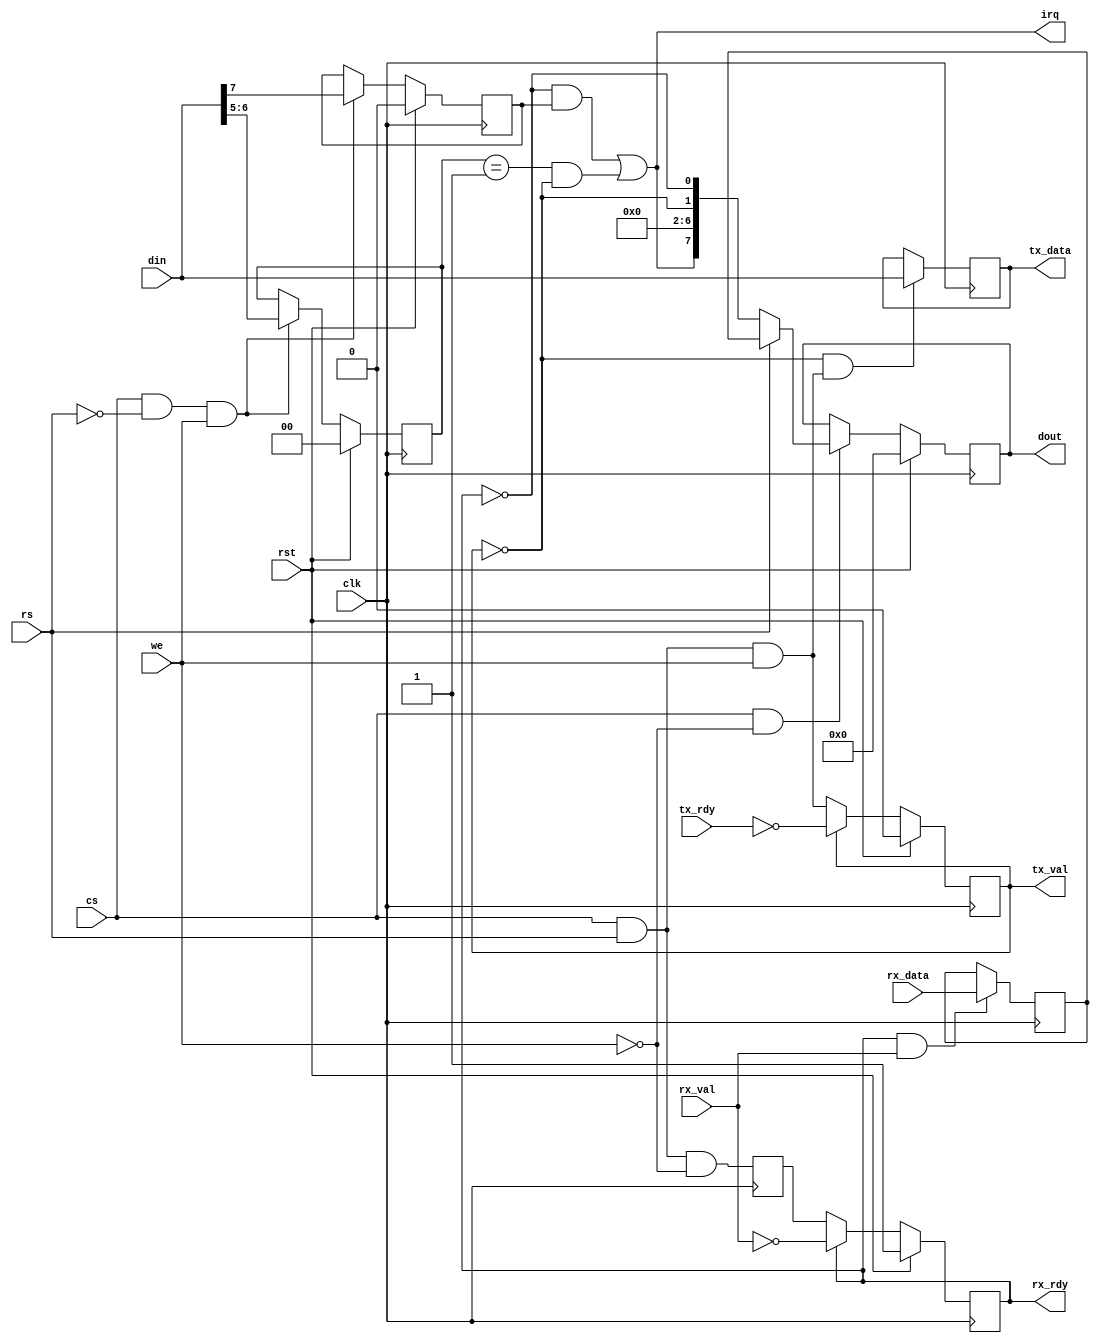
// usb_acia.v - ACIA mimic of interface to MUACM
// 12-07-22 E. Brombaugh

`default_nettype none

module usb_acia(
	input clk,				// system clock
	input rst,				// system reset
	input cs,				// chip select
	input we,				// write enable
	input rs,				// register select
	input [7:0] din,		// data bus input
	output reg [7:0] dout,	// data bus output
	input wire [7:0] rx_data,	// data received from USB
	output reg rx_rdy,			// ready for rx data (data accepted)
	input wire rx_val,			// data valid (data available)
	output reg [7:0] tx_data,	// data sent to USB
	input wire tx_rdy,			// ready for tx data
	output reg tx_val,			// tx data available
	output irq				// high-true interrupt request
);	
	// generate tx_start signal on write to register 1
	wire tx_start = cs & rs & we;
	
	// load control register
	reg [1:0] counter_divide_select, tx_start_control;
	reg [2:0] word_select; // dummy
	reg receive_interrupt_enable;
	always @(posedge clk)
	begin
		if(rst)
		begin
			counter_divide_select <= 2'b00;
			word_select <= 3'b000;
			tx_start_control <= 2'b00;
			receive_interrupt_enable <= 1'b0;
		end
		else if(cs & ~rs & we)
			{
				receive_interrupt_enable,
				tx_start_control,
				word_select,
				counter_divide_select
			} <= din;
	end
	
	// acia reset generation
	wire acia_rst = rst | (counter_divide_select == 2'b11);
	
	// load dout with either status or rx data
	wire [7:0] status;
	reg [7:0] rx_hold;
	always @(posedge clk)
	begin
		if(rst)
		begin
			dout <= 8'h00;
		end
		else
		begin
			if(cs & ~we)
			begin
				if(rs)
					dout <= rx_hold;
				else
					dout <= status;
			end
		end
	end
	
	// TX handling
	wire tx_load = cs & rs & we;
	always @(posedge clk)
		if(rst)
			tx_val <= 1'b0;
		else
		begin
			if(!tx_val)
				tx_val <= tx_load;
			else
				tx_val <= !tx_rdy;
		end
	
	// grab tx data
	always @(posedge clk)
		if(!tx_val & tx_load)
			tx_data <= din;
	
	// RX handling
	reg rx_clear;
	always @(posedge clk)
		rx_clear = cs & rs & ~we;
	
	always @(posedge clk)
		if(rst)
			rx_rdy <= 1'b1;
		else
		begin
			if(rx_rdy)
				rx_rdy <= !rx_val;
			else
				rx_rdy <= rx_clear;
		end
	
	// grab rx data
	always @(posedge clk)
		if(rx_rdy & rx_val)
			rx_hold <= rx_data;
	
	// assemble status byte
	wire rx_err;
	assign status = 
	{
		irq,				// bit 7 = irq - forced inactive
		1'b0,				// bit 6 = parity error - unused
		1'b0,			    // bit 5 = overrun error - same as all errors
		1'b0,			    // bit 4 = framing error - same as all errors
		1'b0,				// bit 3 = /CTS - forced active
		1'b0,				// bit 2 = /DCD - forced active
		!tx_val,			// bit 1 = tx empty
		!rx_rdy				// bit 0 = receive full
	};
	
	// generate IRQ
	assign irq = (!rx_rdy & receive_interrupt_enable) | ((tx_start_control==2'b01) & !tx_val);

endmodule